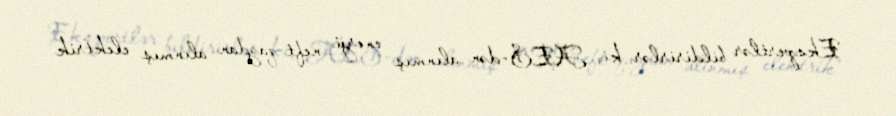
Ekspertlər bildirirlər ki, AES-dən alınmış enerji neft-qazdan alınmış elektrik